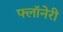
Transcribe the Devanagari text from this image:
फ्लॉनेरी